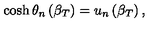
\cosh \theta _ { n } \left( \beta _ { T } \right) = u _ { n } \left( \beta _ { T } \right) ,